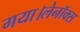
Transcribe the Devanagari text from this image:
गया।लेनॉक्स